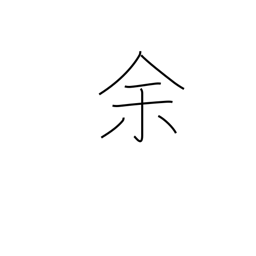
Meaning: remainder